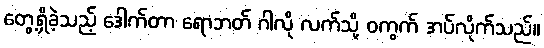
တွေ့ရှိခဲ့သည့် ဒေါက်တာ ရောဘတ် ဂါလို လက်သို့ ဝကွက် အပ်လိုက်သည်။